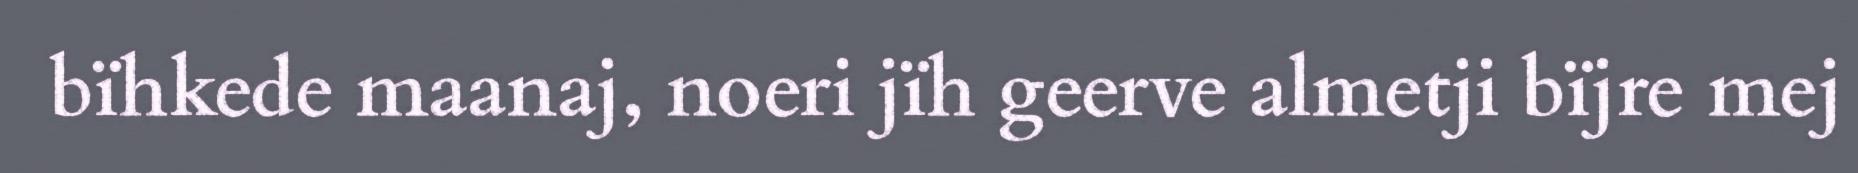
bïhkede maanaj, noeri jïh geerve almetji bïjre mej